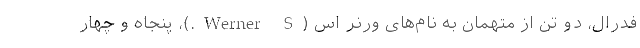
فدرال، دو تن از متهمان به نام‌های ورنر اس (Werner S.)، پنجاه و چهار